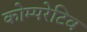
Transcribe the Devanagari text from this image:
कोम्परेटिव